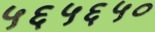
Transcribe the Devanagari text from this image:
५६५६५०